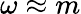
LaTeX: \omega\approx m